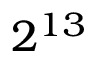
2 ^ { 1 3 }